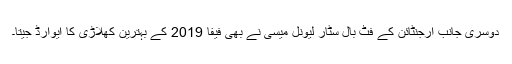
دوسری جانب ارجنٹائن کے فٹ بال سٹار لیونل میسی نے بھی فیفا 2019 کے بہترین کھلاڑی کا ایوارڈ جیتا۔